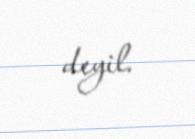
deyil.